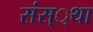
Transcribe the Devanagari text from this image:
संस््था